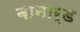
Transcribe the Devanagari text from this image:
बानार्ड